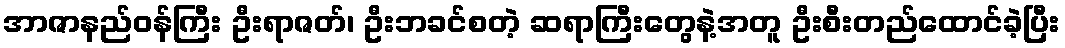
အာဇာနည်ဝန်ကြီး ဦးရာဇတ်၊ ဦးဘခင်စတဲ့ ဆရာကြီးတွေနဲ့အတူ ဦးစီးတည်ထောင်ခဲ့ပြီး